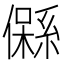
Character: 𱏙